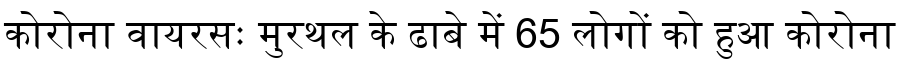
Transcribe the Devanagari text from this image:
कोरोना वायरसः मुरथल के ढाबे में 65 लोगों को हुआ कोरोना